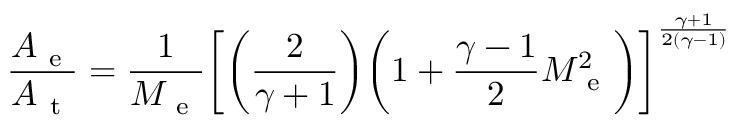
\frac { A _ { \mathrm { ~ e ~ } } } { A _ { \mathrm { ~ t ~ } } } = \frac { 1 } { M _ { \mathrm { ~ e ~ } } } \bigg [ \bigg ( \frac { 2 } { \gamma + 1 } \bigg ) \bigg ( 1 + \frac { \gamma - 1 } { 2 } M _ { \mathrm { ~ e ~ } } ^ { 2 } \bigg ) \bigg ] ^ { \frac { \gamma + 1 } { 2 ( \gamma - 1 ) } }